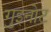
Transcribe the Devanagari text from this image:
गुइनोट